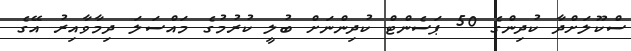
ސްކޫލަށްދާ ކުދިންގެ 50 ޕަސެންޓް ކުދިންނަށް ބުލީ ކުރުމުގެ މައްސަލަ ދިމާވާއިރު އޭގެ